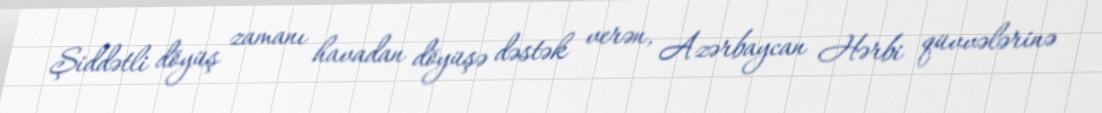
Şiddətli döyüş zamanı havadan döyüşə dəstək verən, Azərbaycan Hərbi qüvvələrinə